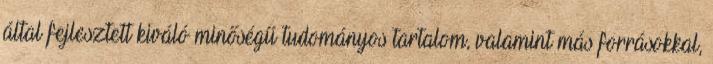
által fejlesztett kiváló minőségű tudományos tartalom, valamint más forrásokkal,